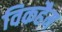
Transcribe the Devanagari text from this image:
विकहैम